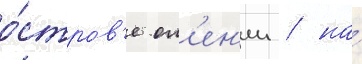
о́стров'е ол'ен'ии / на́